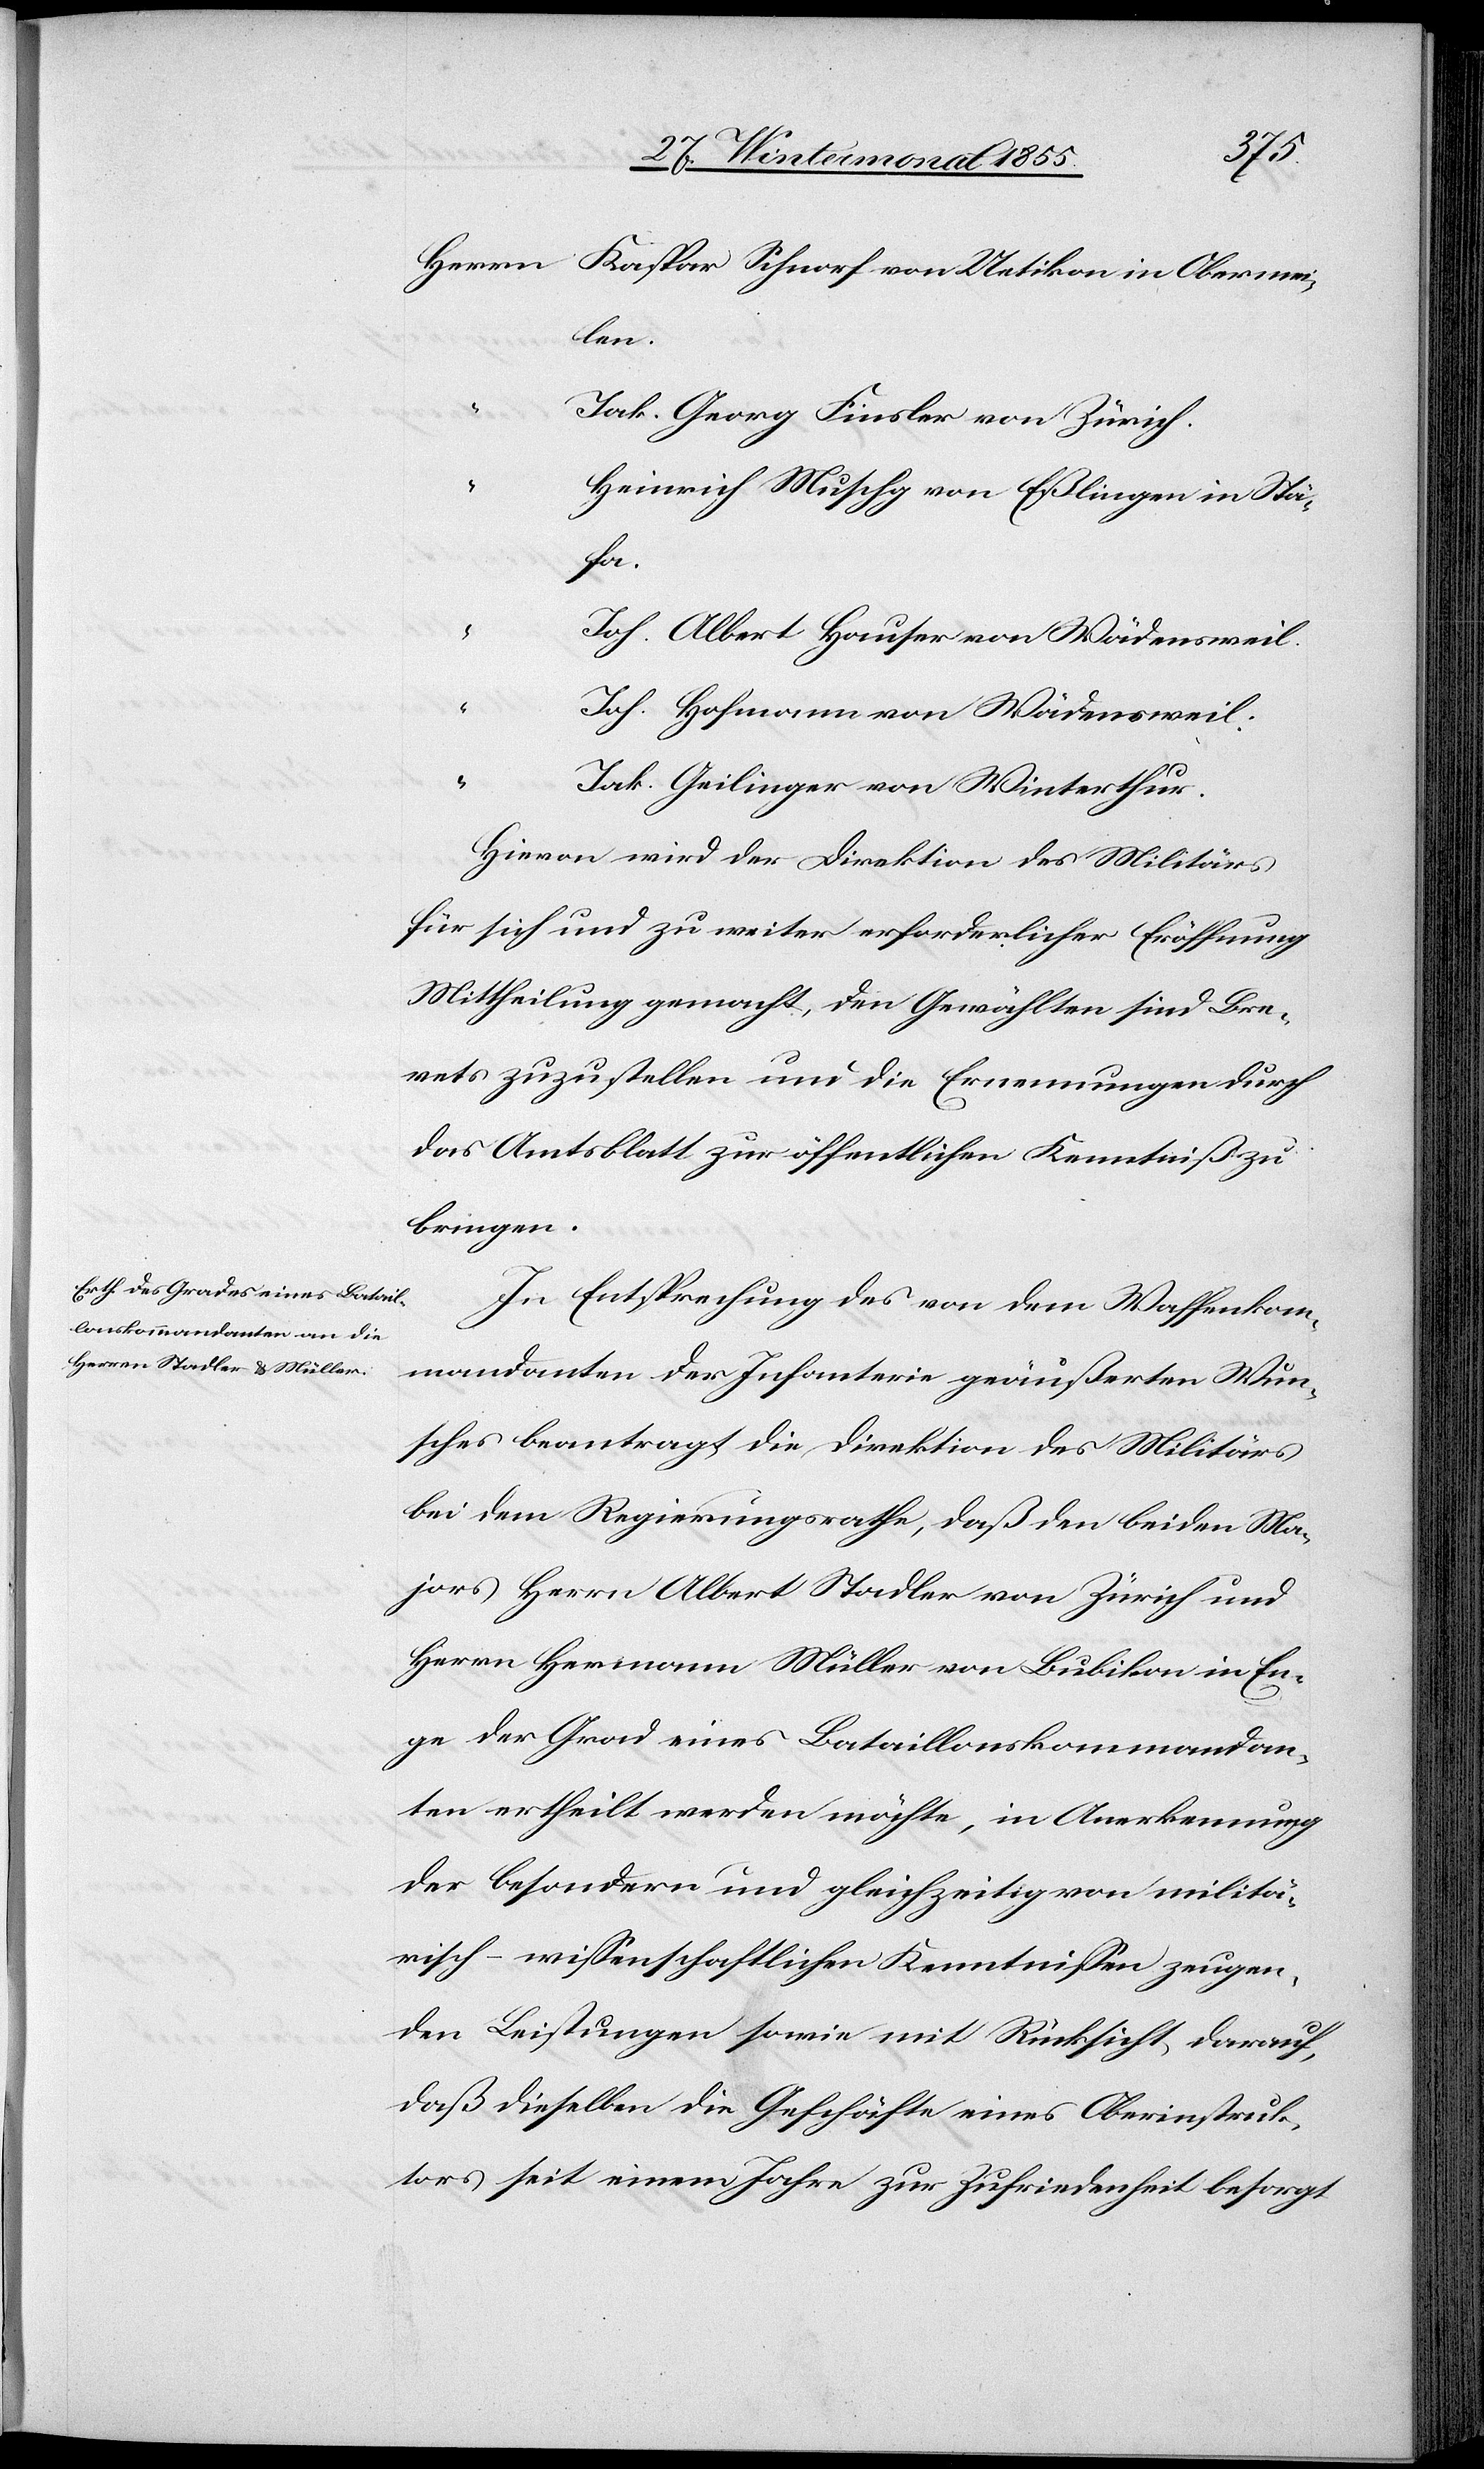
Herrn Kaspar Schnorf von Uetikon in Obermei¬
len.
Jak. Georg Finsler von Zürich.
Heinrich Muschg von Eßlingen in Stä¬
fa.
“
Joh. Albert Hauser von Wädensweil.
“
Joh. Hofmann von Wädensweil.
“
Jak. Geilinger von Winterthur.
Hievon wird der Direktion des Militärs
für sich und zu weiter erforderlicher Eröffnung
Mittheilung gemacht, den Gewählten sind Bre¬
vets zuzustellen und die Ernennungen durch
das Amtsblatt zur öffentlichen Kenntniß zu
bringen.
In Entsprechung des von dem Waffenkom¬
mandanten der Infanterie geäußerten Wun¬
sches beantragt die Direktion des Militärs
bei dem Regierungsrathe, daß den beiden Ma¬
jors Herrn Albert Stadler von Zürich und
Herrn Hermann Müller von Bubikon in En¬
ge der Grad eines Bataillonskommandan¬
ten ertheilt werden möchte, in Anerkennung
der besondern und gleichzeitig von militä¬
risch-wissenschaftlichen Kenntnissen zeugen¬
den Leistungen sowie mit Rücksicht darauf,
daß dieselben die Geschäfte eines Oberinstruk¬
tors seit einem Jahre zur Zufriedenheit besorgt